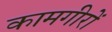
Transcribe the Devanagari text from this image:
कामगीरों